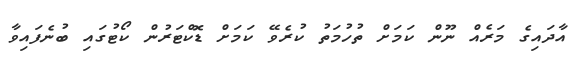
އާދައިގެ މަރެއް ނޫން ކަމަށް ތުހުމަތު ކުރެވޭ ކަމަށް ޑޮކްޓަރުން ކޯޓުގައި ބުނެފައިވާ